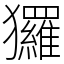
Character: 玀